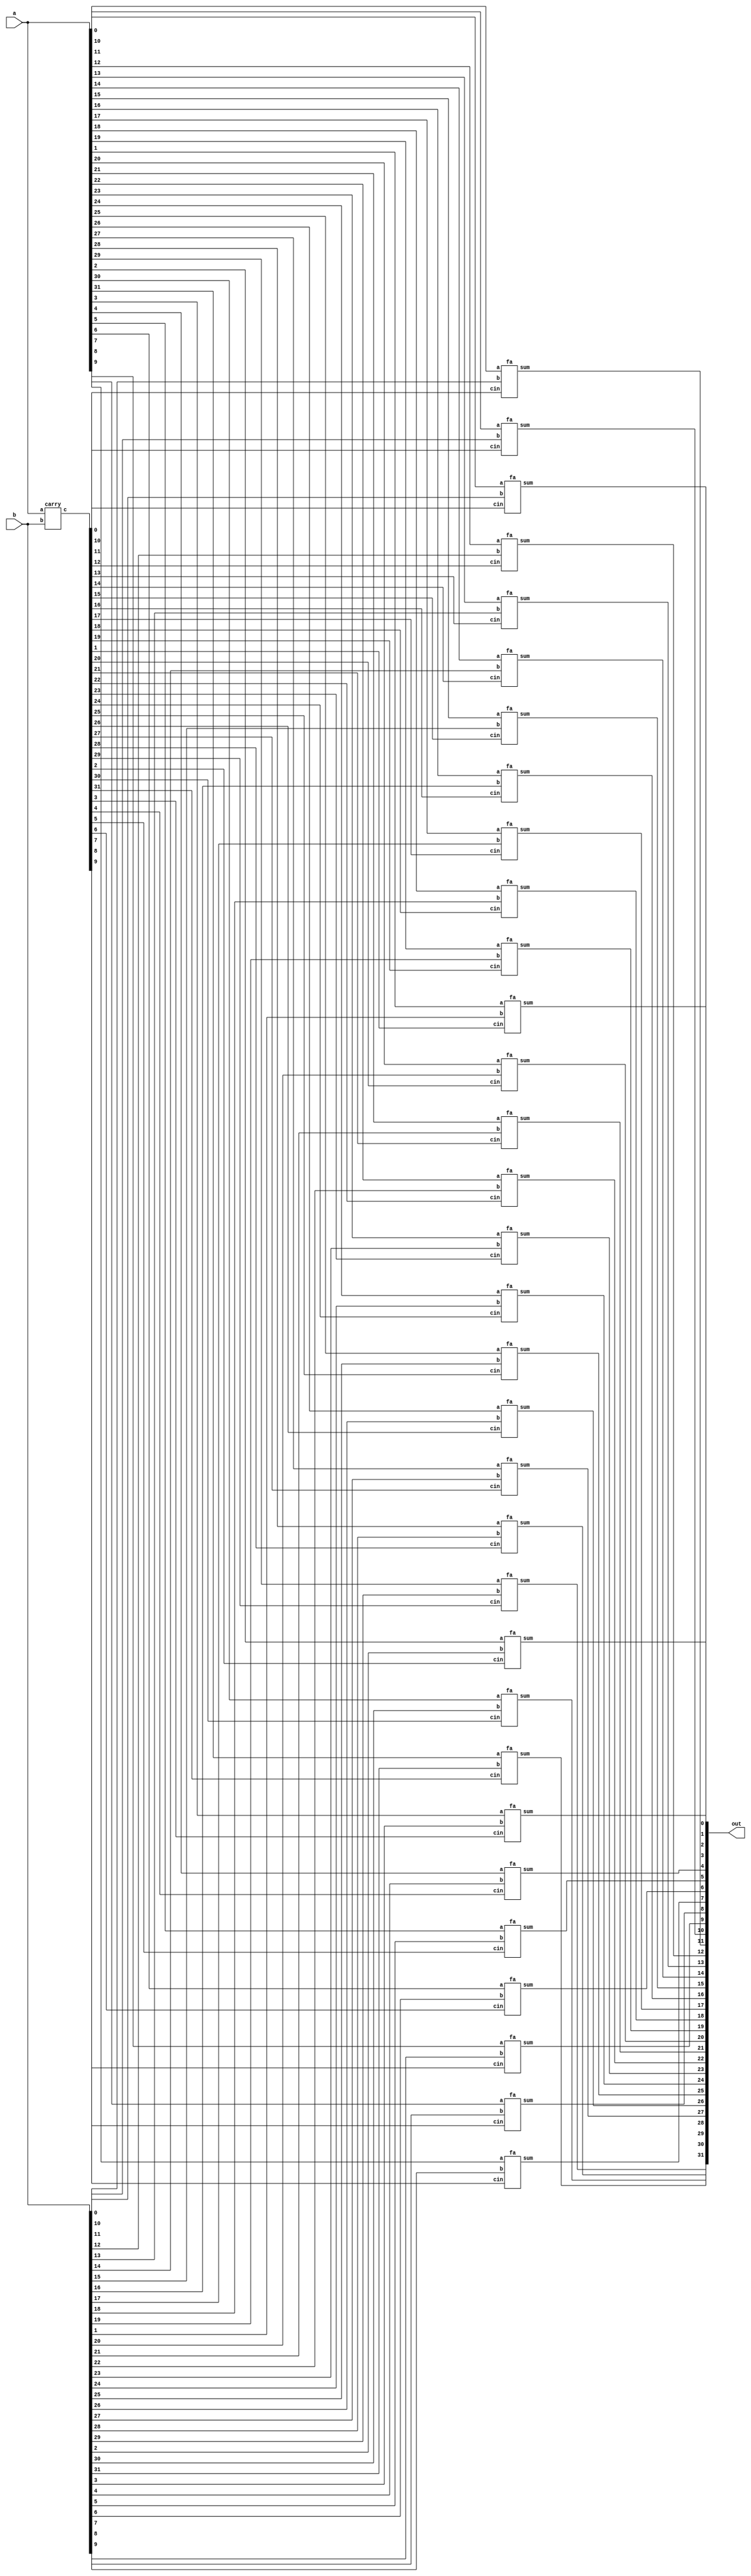
module cla(input[31:0] a, input[31:0] b, output[31:0] out);
	wire[32:0] c;
	carry my_carry(a,b,c);
	genvar i;
	generate
		for(i = 0; i < 32; i = i+1)
		begin
			fa my_fa(a[i], b[i], c[i], out[i]);
		end
	endgenerate 
endmodule

module carry(input[31:0] a, input[31:0] b, output[32:0] c);
	assign c[0] = 1'b0;
	wire[31:0] p, g;
	genvar i;
	generate
		for(i = 0; i < 32; i = i+1)
		begin
			assign p[i] = a[i] | b[i];
			assign g[i] = a[i] & b[i];
			assign c[i+1] = (p[i] & c[i]) | g[i];
		end
	endgenerate
endmodule 

module fa(input a, input b, input cin, output reg sum);
	always @(a or b or cin)
	begin
		sum = a^b^cin;
	end
endmodule